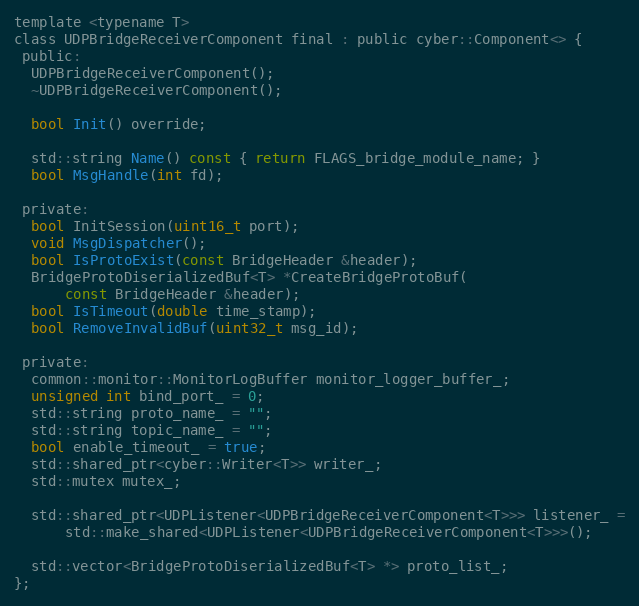
Language: C
template <typename T>
class UDPBridgeReceiverComponent final : public cyber::Component<> {
 public:
  UDPBridgeReceiverComponent();
  ~UDPBridgeReceiverComponent();

  bool Init() override;

  std::string Name() const { return FLAGS_bridge_module_name; }
  bool MsgHandle(int fd);

 private:
  bool InitSession(uint16_t port);
  void MsgDispatcher();
  bool IsProtoExist(const BridgeHeader &header);
  BridgeProtoDiserializedBuf<T> *CreateBridgeProtoBuf(
      const BridgeHeader &header);
  bool IsTimeout(double time_stamp);
  bool RemoveInvalidBuf(uint32_t msg_id);

 private:
  common::monitor::MonitorLogBuffer monitor_logger_buffer_;
  unsigned int bind_port_ = 0;
  std::string proto_name_ = "";
  std::string topic_name_ = "";
  bool enable_timeout_ = true;
  std::shared_ptr<cyber::Writer<T>> writer_;
  std::mutex mutex_;

  std::shared_ptr<UDPListener<UDPBridgeReceiverComponent<T>>> listener_ =
      std::make_shared<UDPListener<UDPBridgeReceiverComponent<T>>>();

  std::vector<BridgeProtoDiserializedBuf<T> *> proto_list_;
};